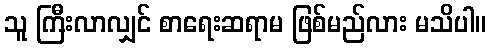
သူ ကြီးလာလျှင် စာရေးဆရာမ ဖြစ်မည်လား မသိပါ။